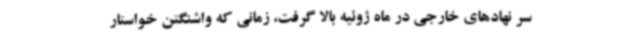
سر نهادهای خارجی در ماه ژوئیه بالا گرفت، زمانی که واشنگتن خواستار